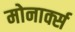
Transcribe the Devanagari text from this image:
मोनार्क्स